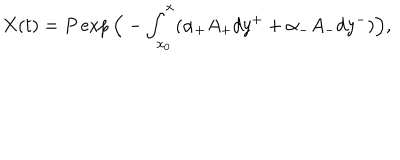
X ( t ) = P \exp \Big ( - \int _ { x _ { 0 } } ^ { x } ( \alpha _ { + } A _ { + } d y ^ { + } + \alpha _ { - } A _ { - } d y ^ { - } ) \Big ) ,